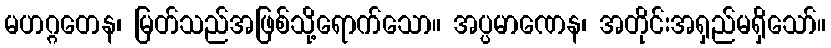
မဟဂ္ဂတေန၊ မြတ်သည်အဖြစ်သို့ရောက်သော။ အပ္ပမာဏေန၊ အတိုင်းအရှည်မရှိသော်။